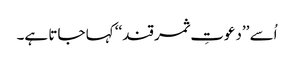
اُسے ’’دعوتِ ثمر قند‘‘ کہا جاتا ہے۔